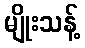
မျိုးသန့်